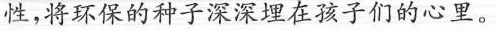
性，将环保的神子深深埋在孩子们的心里。